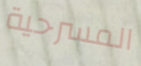
المسرحية